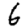
Digit: 6